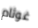
غوثام